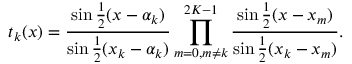
t _ { k } ( x ) = { \frac { \sin { \frac { 1 } { 2 } } ( x - \alpha _ { k } ) } { \sin { \frac { 1 } { 2 } } ( x _ { k } - \alpha _ { k } ) } } \prod _ { m = 0 , m \neq k } ^ { 2 K - 1 } { \frac { \sin { \frac { 1 } { 2 } } ( x - x _ { m } ) } { \sin { \frac { 1 } { 2 } } ( x _ { k } - x _ { m } ) } } .